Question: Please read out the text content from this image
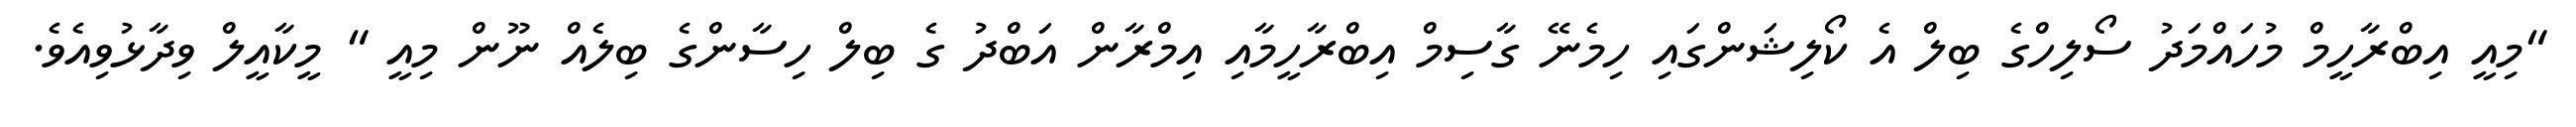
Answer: "މިއީ އިބްރާހީމް މުހައްމަދު ސޯލިހްގެ ބިލް އެ ކޯލިޝަންގައި ހިމެނޭ ގާސިމް އިބްރާހީމާއި އިމްރާން އަބްދު ގެ ބިލް ހިސާންގެ ބިލެއް ނޫން މިއީ " މީކާއީލް ވިދާޅުވިއެވެ.